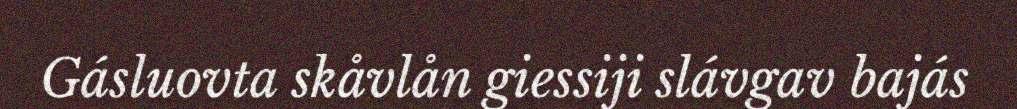
Gásluovta skåvlån giessiji slávgav bajás